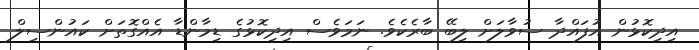
އިދިކޮޅުން އުފައްދާ ސުވާލަށް ލިބޭ ބާރެކެވެ. ނަމަވެސް އިދިކޮޅުގެ ޑިމާންޑާ އެއްގޮތަށް ކައުންސިލް